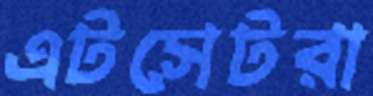
এটসেটরা